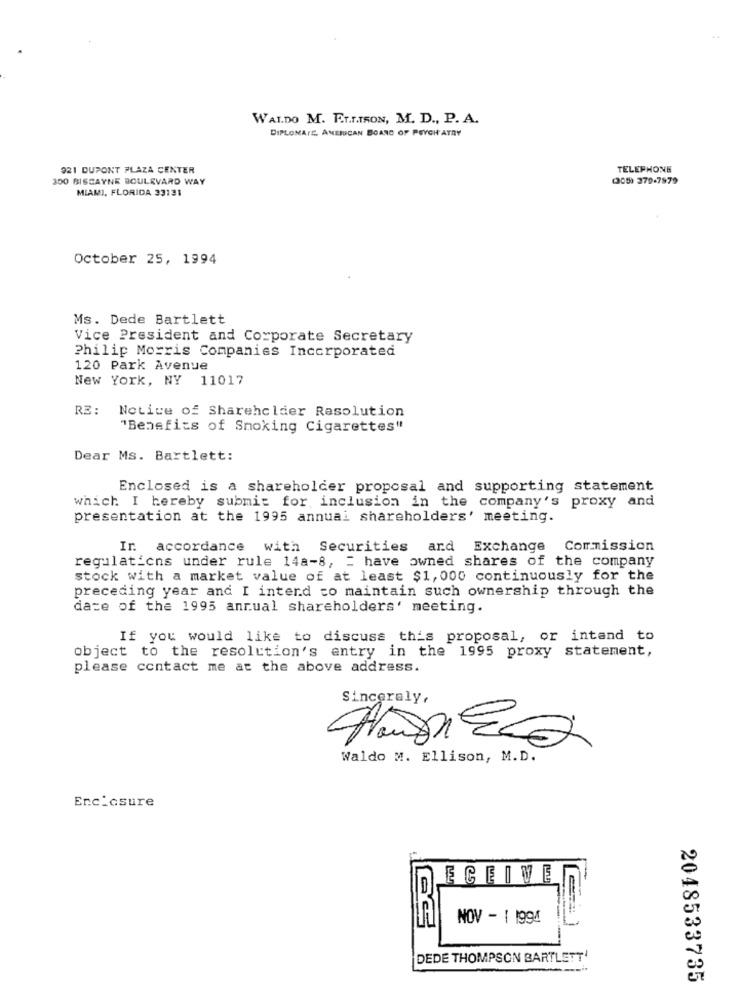
WALDO M. ET.T.TSON, M. D ., P. A.
DIPLOMAIL AMERICAN BOARD OF PSYCHIATRY
921 DUPONT PLAZA CENTER
TELEPHONE
300 BISCAYNE BOULEVARD WAY
(305) 379-7979
MIAMI, FLORIDA 33121
October 25, 1994
Ms. Dede Bartlett
Vice President and Corporate Secretary
Philip Morris Companies Incorporated
120 Park Avenue
New York, NY 11017
RE :
Notice of Shareholder Resolution
"Benefits of Smoking Cigarettes"
Dear Ms. Bartlett:
Enclosed is a shareholder proposal and supporting statement
which I hereby submit for inclusion in the company's proxy and
presentation at the 1995 annual shareholders' meeting.
In accordance with Securities and Exchange Commission
regulations under rule 14a-8, = have owned shares of the company
stock with a market value of at least $1, 000 continuously for the
preceding year and I intend to maintain such ownership through the
date of the 1995 annual shareholders' meeting.
If you would like to discuss this proposal, or intand to
object to the resolution's entry in the 1995 proxy statement,
please contact me at the above address.
Sincerely,
AndRED
Waldo M. Ellison, M.D.
Encicsure
ECEIVE
NOV - 1 1994
DEDE THOMPSON BARTLETT
2048533735